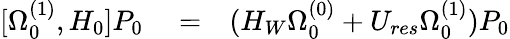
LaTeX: \begin{array}{rlr}{[\Omega_{0}^{(1)},H_{0}]P_{0}}&{{}=}&{(H_{W}\Omega_{0}^{(0)}+U_{res}\Omega_{0}^{(1)})P_{0}}\end{array}